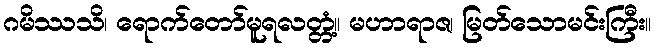
ဂမိဿသိ၊ ရောက်တော်မူရလတ္တံ့။ မဟာရာဇ၊ မြတ်သောမင်းကြီး။